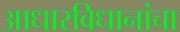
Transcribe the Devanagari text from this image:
आधारविधानांचा